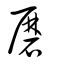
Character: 磿